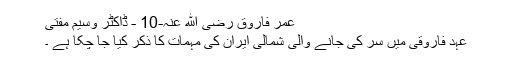
عمر فاروق رضی ﷲ عنہ-10 - ڈاکٹر وسیم مفتی
عہد فاروقی میں سر کی جانے والی شمالی ایران کی مہمات کا ذکر کیا جا چکا ہے ۔